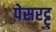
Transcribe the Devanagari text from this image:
पेसरट्टु